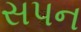
સપન